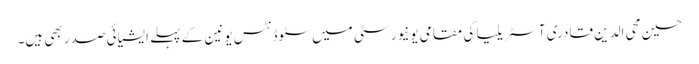
حسین محی الدین قادری آسٹریلیا کی مقامی یونیورسٹی میں سٹوڈنٹس یونین کے پہلے ایشیائی صدر بھی ہیں۔